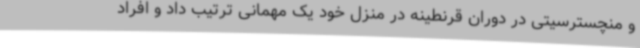
و منچسترسیتی در دوران قرنطینه در منزل خود یک مهمانی ترتیب داد و افراد